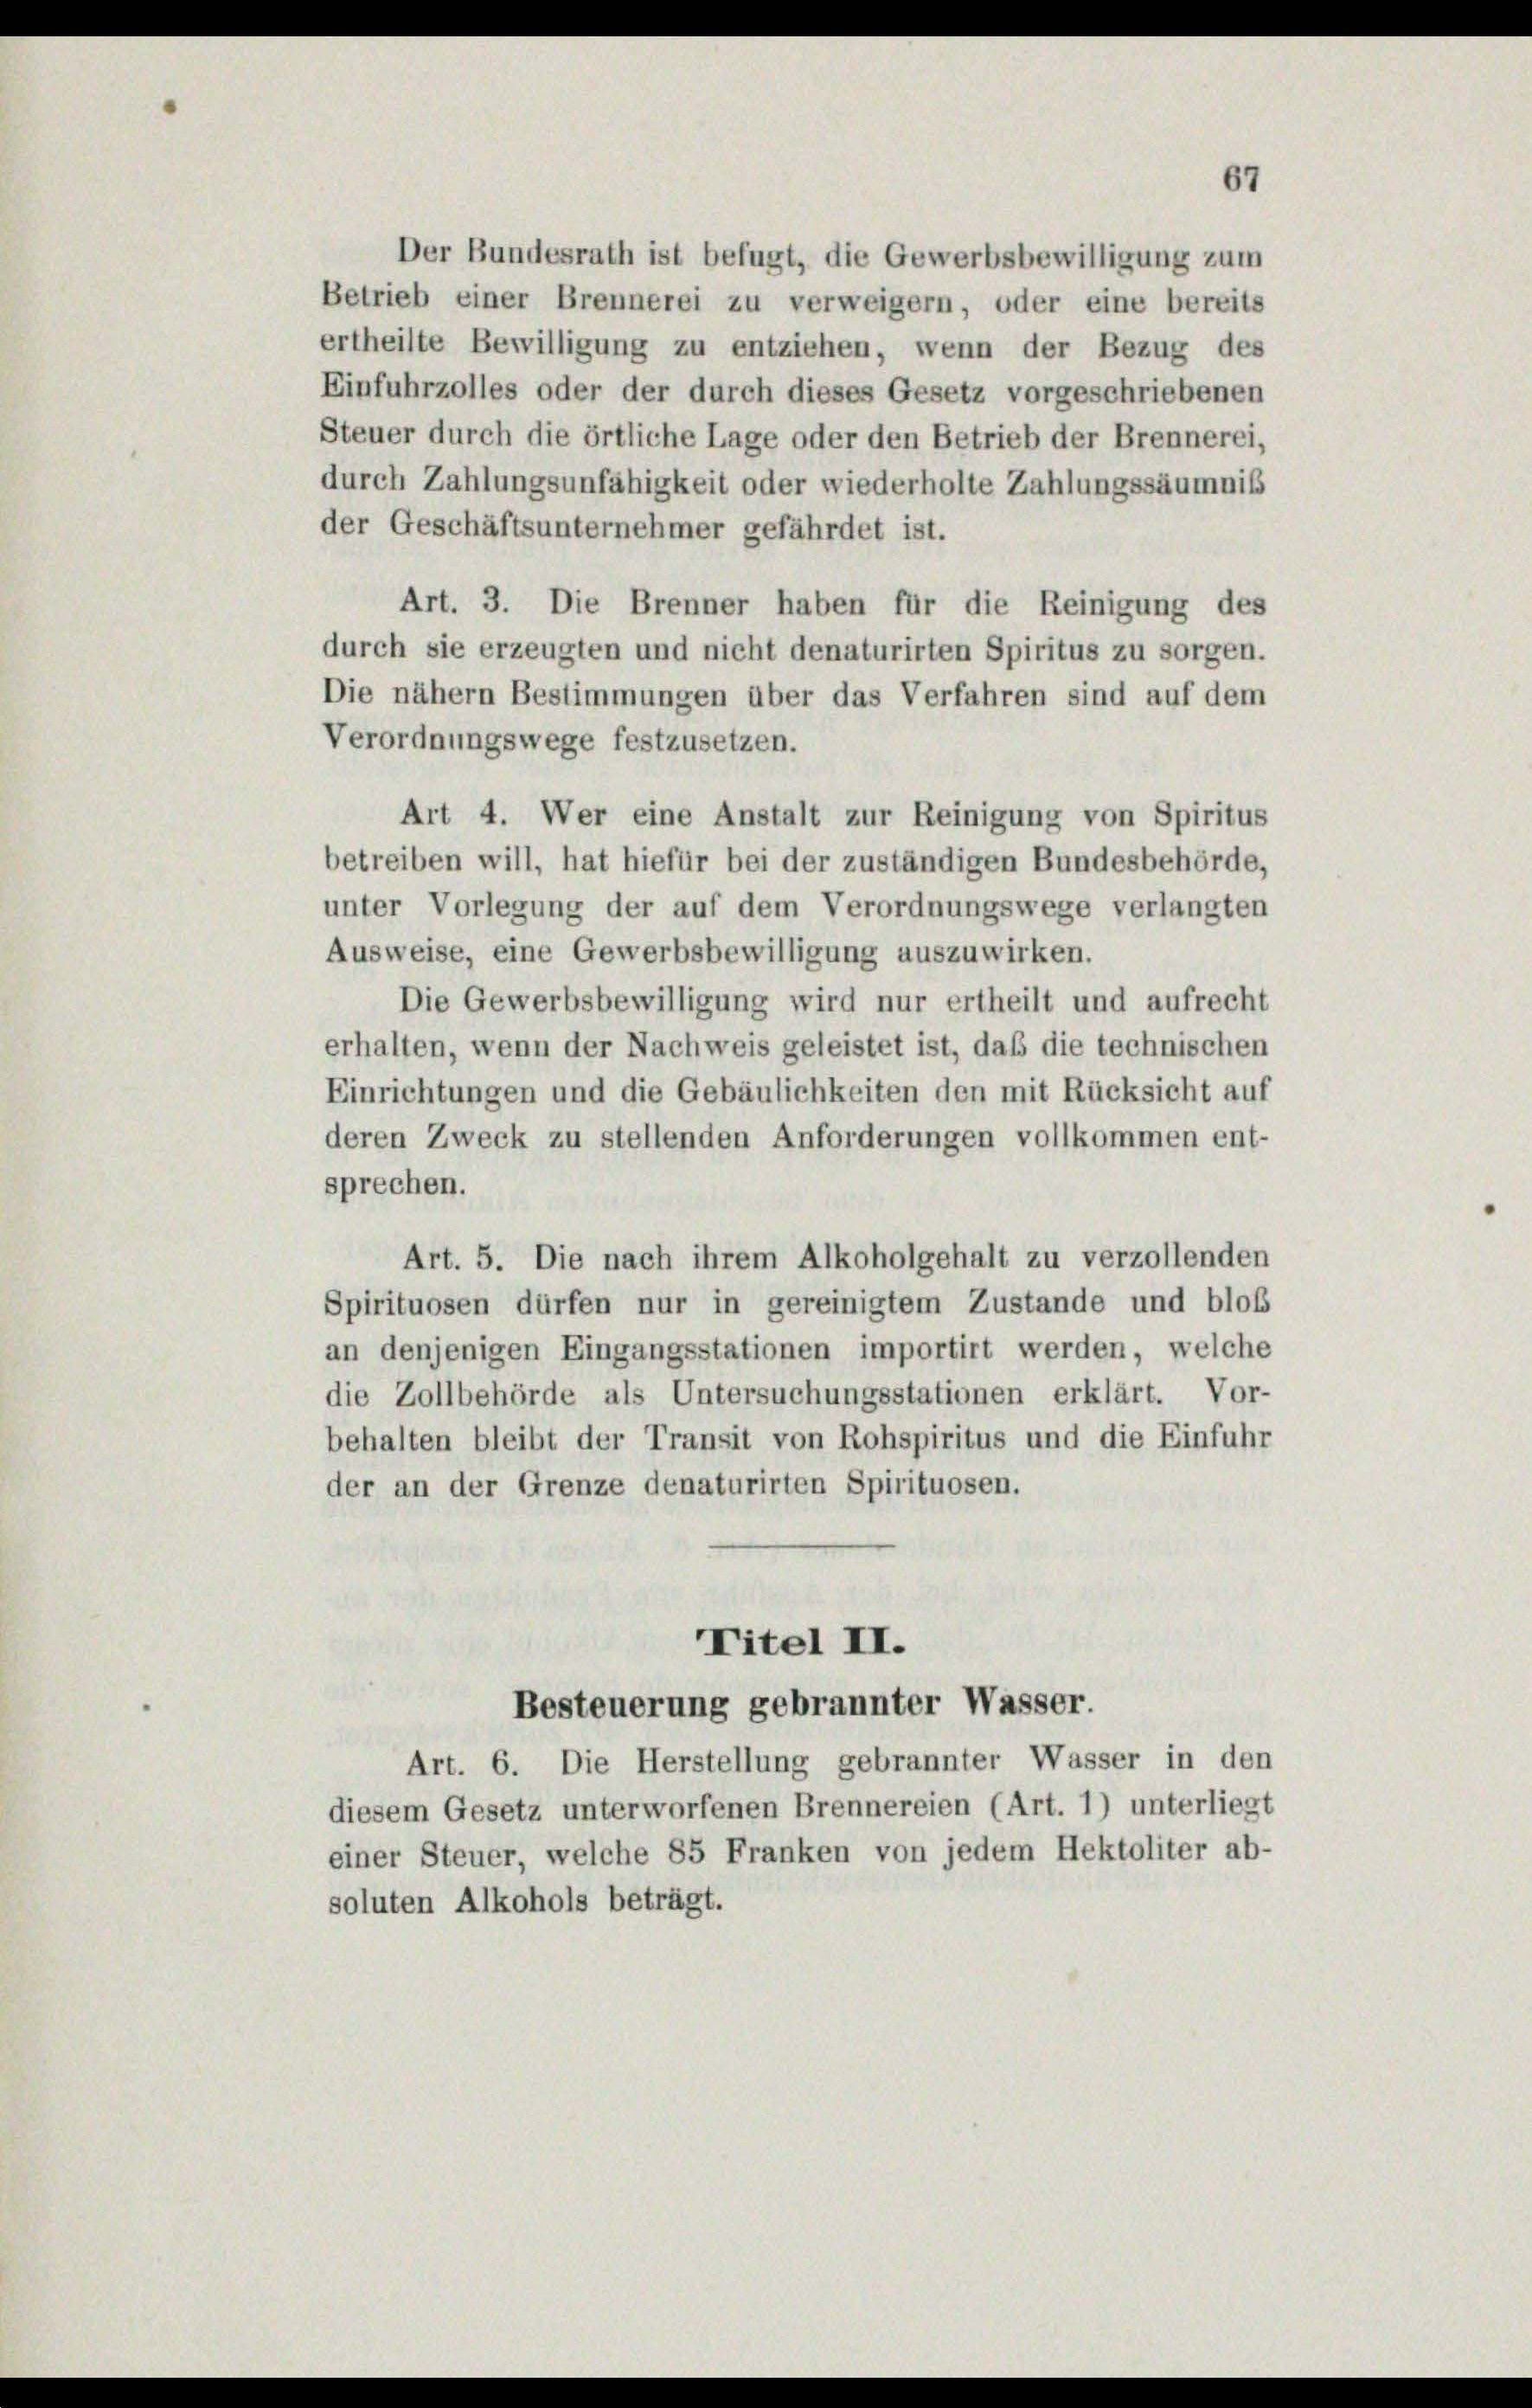
Der Bundesrath ist befugt, die Gewerbsbewilligung zum
Betrieb einer Brennerei zu verweigern, oder eine bereits
ertheilte Bewilligung zu entziehen, wenn der Bezug des
Einfuhrzolles oder der durch dieses Gesetz vorgeschriebenen
Steuer durch die örtliche Lage oder den Betrieb der Brennerei,
durch Zahlungsunfähigkeit oder wiederholte Zahlungssäumniß
der Geschäftsunternehmer gefährdet ist.
Art. 3. Die Brenner haben für die Reinigung des
durch sie erzeugten und nicht denaturirten Spiritus zu sorgen.
Die nähern Bestimmungen über das Verfahren sind auf dem
Verordnungswege festzusetzen.
Art 4. Wer eine Anstalt zur Reinigung von Spiritus
betreiben will, hat hiefür bei der zuständigen Bundesbehörde,
unter Vorlegung der auf dem Verordnungswege verlangten
Ausweise, eine Gewerbsbewilligung auszuwirken.
Die Gewerbsbewilligung wird nur ertheilt und aufrecht
erhalten, wenn der Nachweis geleistet ist, daß die technischen
Einrichtungen und die Gebäulichkeiten den mit Rücksicht auf
deren Zweck zu stellenden Anforderungen vollkommen ent-
sprechen.
Art. 5. Die nach ihrem Alkoholgehalt zu verzollenden
Spirituosen dürfen nur in gereinigtem Zustande und bloß
an denjenigen Eingangsstationen importirt werden, welche
die Zollbehörde als Untersuchungsstationen erklärt. Vor-
behalten bleibt der Transit von Rohspiritus und die Einfuhr
der an der Grenze denaturirten Spirituosen.
Titel II.
Besteuerung gebrannter Wasser.
Art. 6. Die Herstellung gebrannter Wasser in den
diesem Gesetz unterworfenen Brennereien (Art. 1) unterliegt
einer Steuer, welche 85 Franken von jedem Hektoliter ab-
soluten Alkohols beträgt.

67